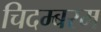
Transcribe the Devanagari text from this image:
चिदम्‍बरम